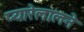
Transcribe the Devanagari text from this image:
प्यारेलालने